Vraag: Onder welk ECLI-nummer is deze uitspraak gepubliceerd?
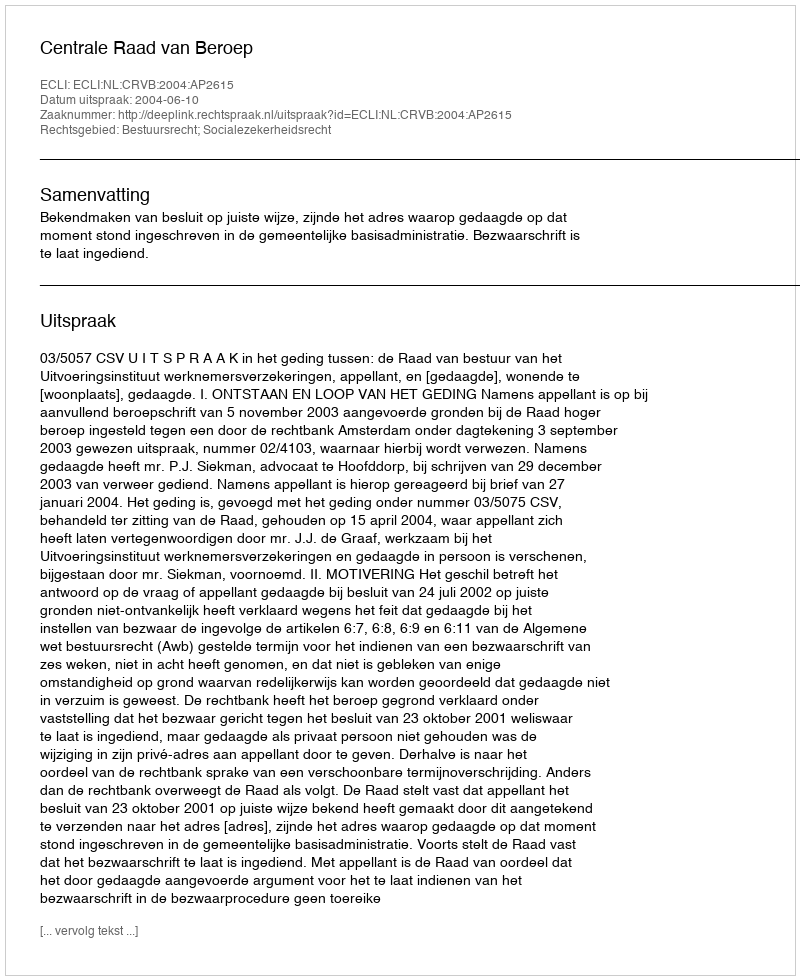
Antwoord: ECLI:NL:CRVB:2004:AP2615